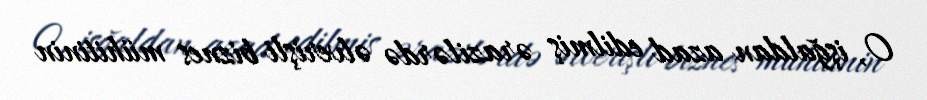
O, işğaldan azad edilmiş ərazilərdə əlverişli biznes mühitinin